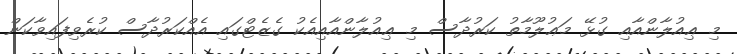
މި ޢިއުލާންއާއި ގުޅޭ މަޢުލޫމާތު ކަރުދާސް މި ޢިއުލާންއާއިއެކު ގެޒެޓްގައި އެއްކަރުދާސް ކުރެވިފައިވާކަން